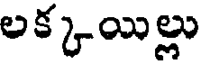
లక్కయిల్లు